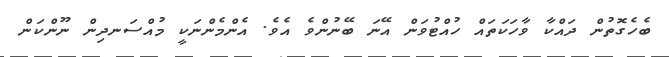
ބެހެގޮތުން ދައްކާ ވާހަކަތައް ހުއްޓުވަން އޭނަ ބޭނުންވެ އެވެ. އެންމެންނަކީ މުއްސަނދިން ނޫންކަން